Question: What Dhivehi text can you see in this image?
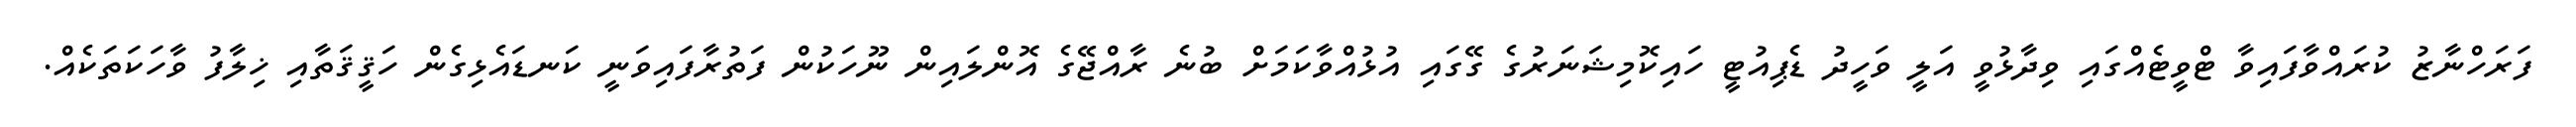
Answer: ފަރަހްނާޒު ކުރައްވާފައިވާ ޓްވީޓެއްގައި ވިދާޅުވީ އަލީ ވަހީދު ޑެޕިއުޓީ ހައިކޮމިޝަނަރުގެ ގޭގައި އުޅުއްވާކަމަށް ބުނެ ރާއްޖޭގެ އޮންލައިން ނޫހަކުން ފަތުރާފައިވަނީ ކަނޑައެޅިގެން ހަޤީޤަތާއި ޚިލާފު ވާހަކަތަކެއް.